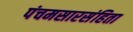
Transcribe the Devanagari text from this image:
पंचमसारसंहिता